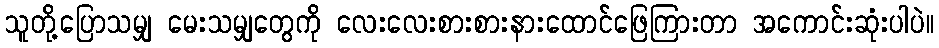
သူတို့ပြောသမျှ မေးသမျှတွေကို လေးလေးစားစားနားထောင်ဖြေကြားတာ အကောင်းဆုံးပါပဲ။